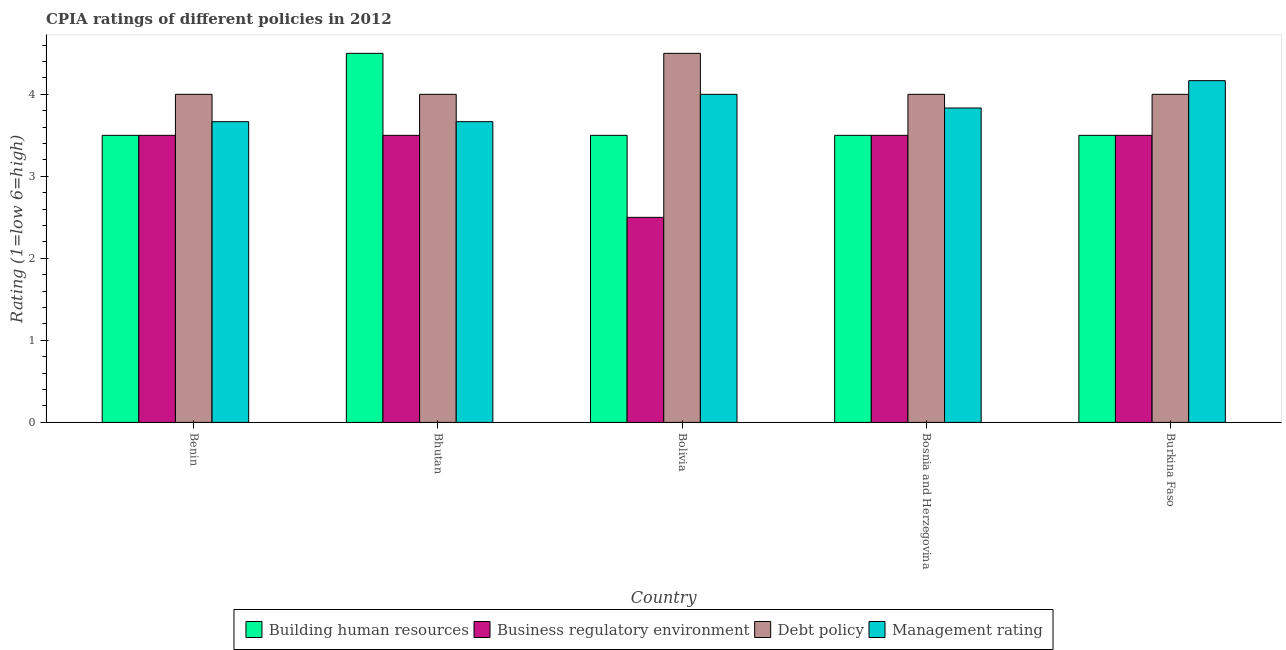
| Country | Building human resources | Business regulatory environment | Debt policy | Management rating |
 | --- | --- | --- | --- | --- |
 | Benin | 3.5 | 3.5 | 4 | 3.67 |
 | Bhutan | 4.5 | 3.5 | 4 | 3.67 |
 | Bolivia | 3.5 | 2.5 | 4.5 | 4 |
 | Bosnia and Herzegovina | 3.5 | 3.5 | 4 | 3.83 |
 | Burkina Faso | 3.5 | 3.5 | 4 | 4.17 |